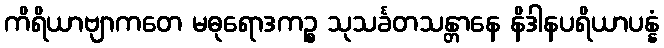
ကိရိယာဗျာကတေ မဓုရောဒကဉ္စ သုသင်္ခတသန္တာနေ နိဒါနပရိယာပန္နံ